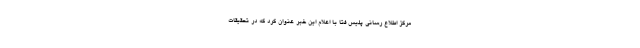
مرکز اطلاع رسانی پلیس فتا با اعلام این خبر عنوان کرد که در تحقیقات